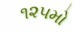
૧૨૫મો